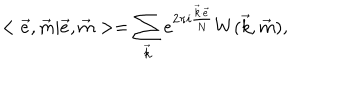
< \vec { e } , \vec { m } | \vec { e } , \vec { m } > = \sum _ { \vec { k } } e ^ { 2 \pi i \frac { \vec { k } \cdot \vec { e } } { N } } W ( \vec { k } , \vec { m } ) ,